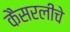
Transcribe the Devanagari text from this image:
कैसरलीचे